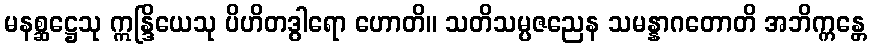
မနစ္ဆဋ္ဌေသု ဣန္ဒြိယေသု ပိဟိတဒွါရော ဟောတိ။ သတိသမ္ပဇညေန သမန္နာဂတောတိ အဘိက္ကန္တေ